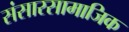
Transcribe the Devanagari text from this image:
संसारसामाजिक